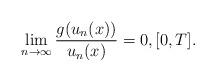
LaTeX: \begin{align*}\lim_{n\to \infty}\dfrac{g(u_{n}(x))}{u_{n}(x)}= 0, \mathopen{[}0,T\mathclose{]}.\end{align*}